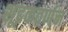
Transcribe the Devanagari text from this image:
शूद्रकवर्णन